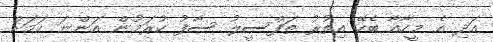
އަދި އެ މީހާއާ ބެހޭ އިތުރު ތަފްސީލު ސާފު ކުރަމުން އަންނަ ކަމަށް